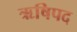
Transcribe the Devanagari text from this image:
ऋषिपद